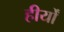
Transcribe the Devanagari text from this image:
हीर्यों